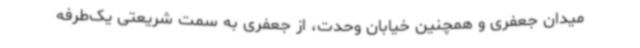
میدان جعفری و همچنین خیابان وحدت، از جعفری به سمت شریعتی یک‌طرفه